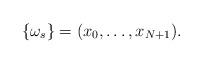
LaTeX: \begin{align*}\{\omega_s\}=(x_0,\ldots,x_{N+1}).\end{align*}